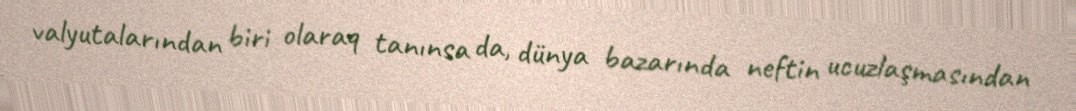
valyutalarından biri olaraq tanınsa da, dünya bazarında neftin ucuzlaşmasından